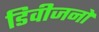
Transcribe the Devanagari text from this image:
डिवीजनो